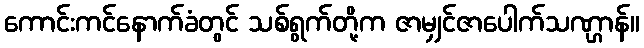
ကောင်းကင်နောက်ခံတွင် သစ်ရွက်တို့က ဇာမျှင်ဇာပေါက်သဏ္ဌာန်။